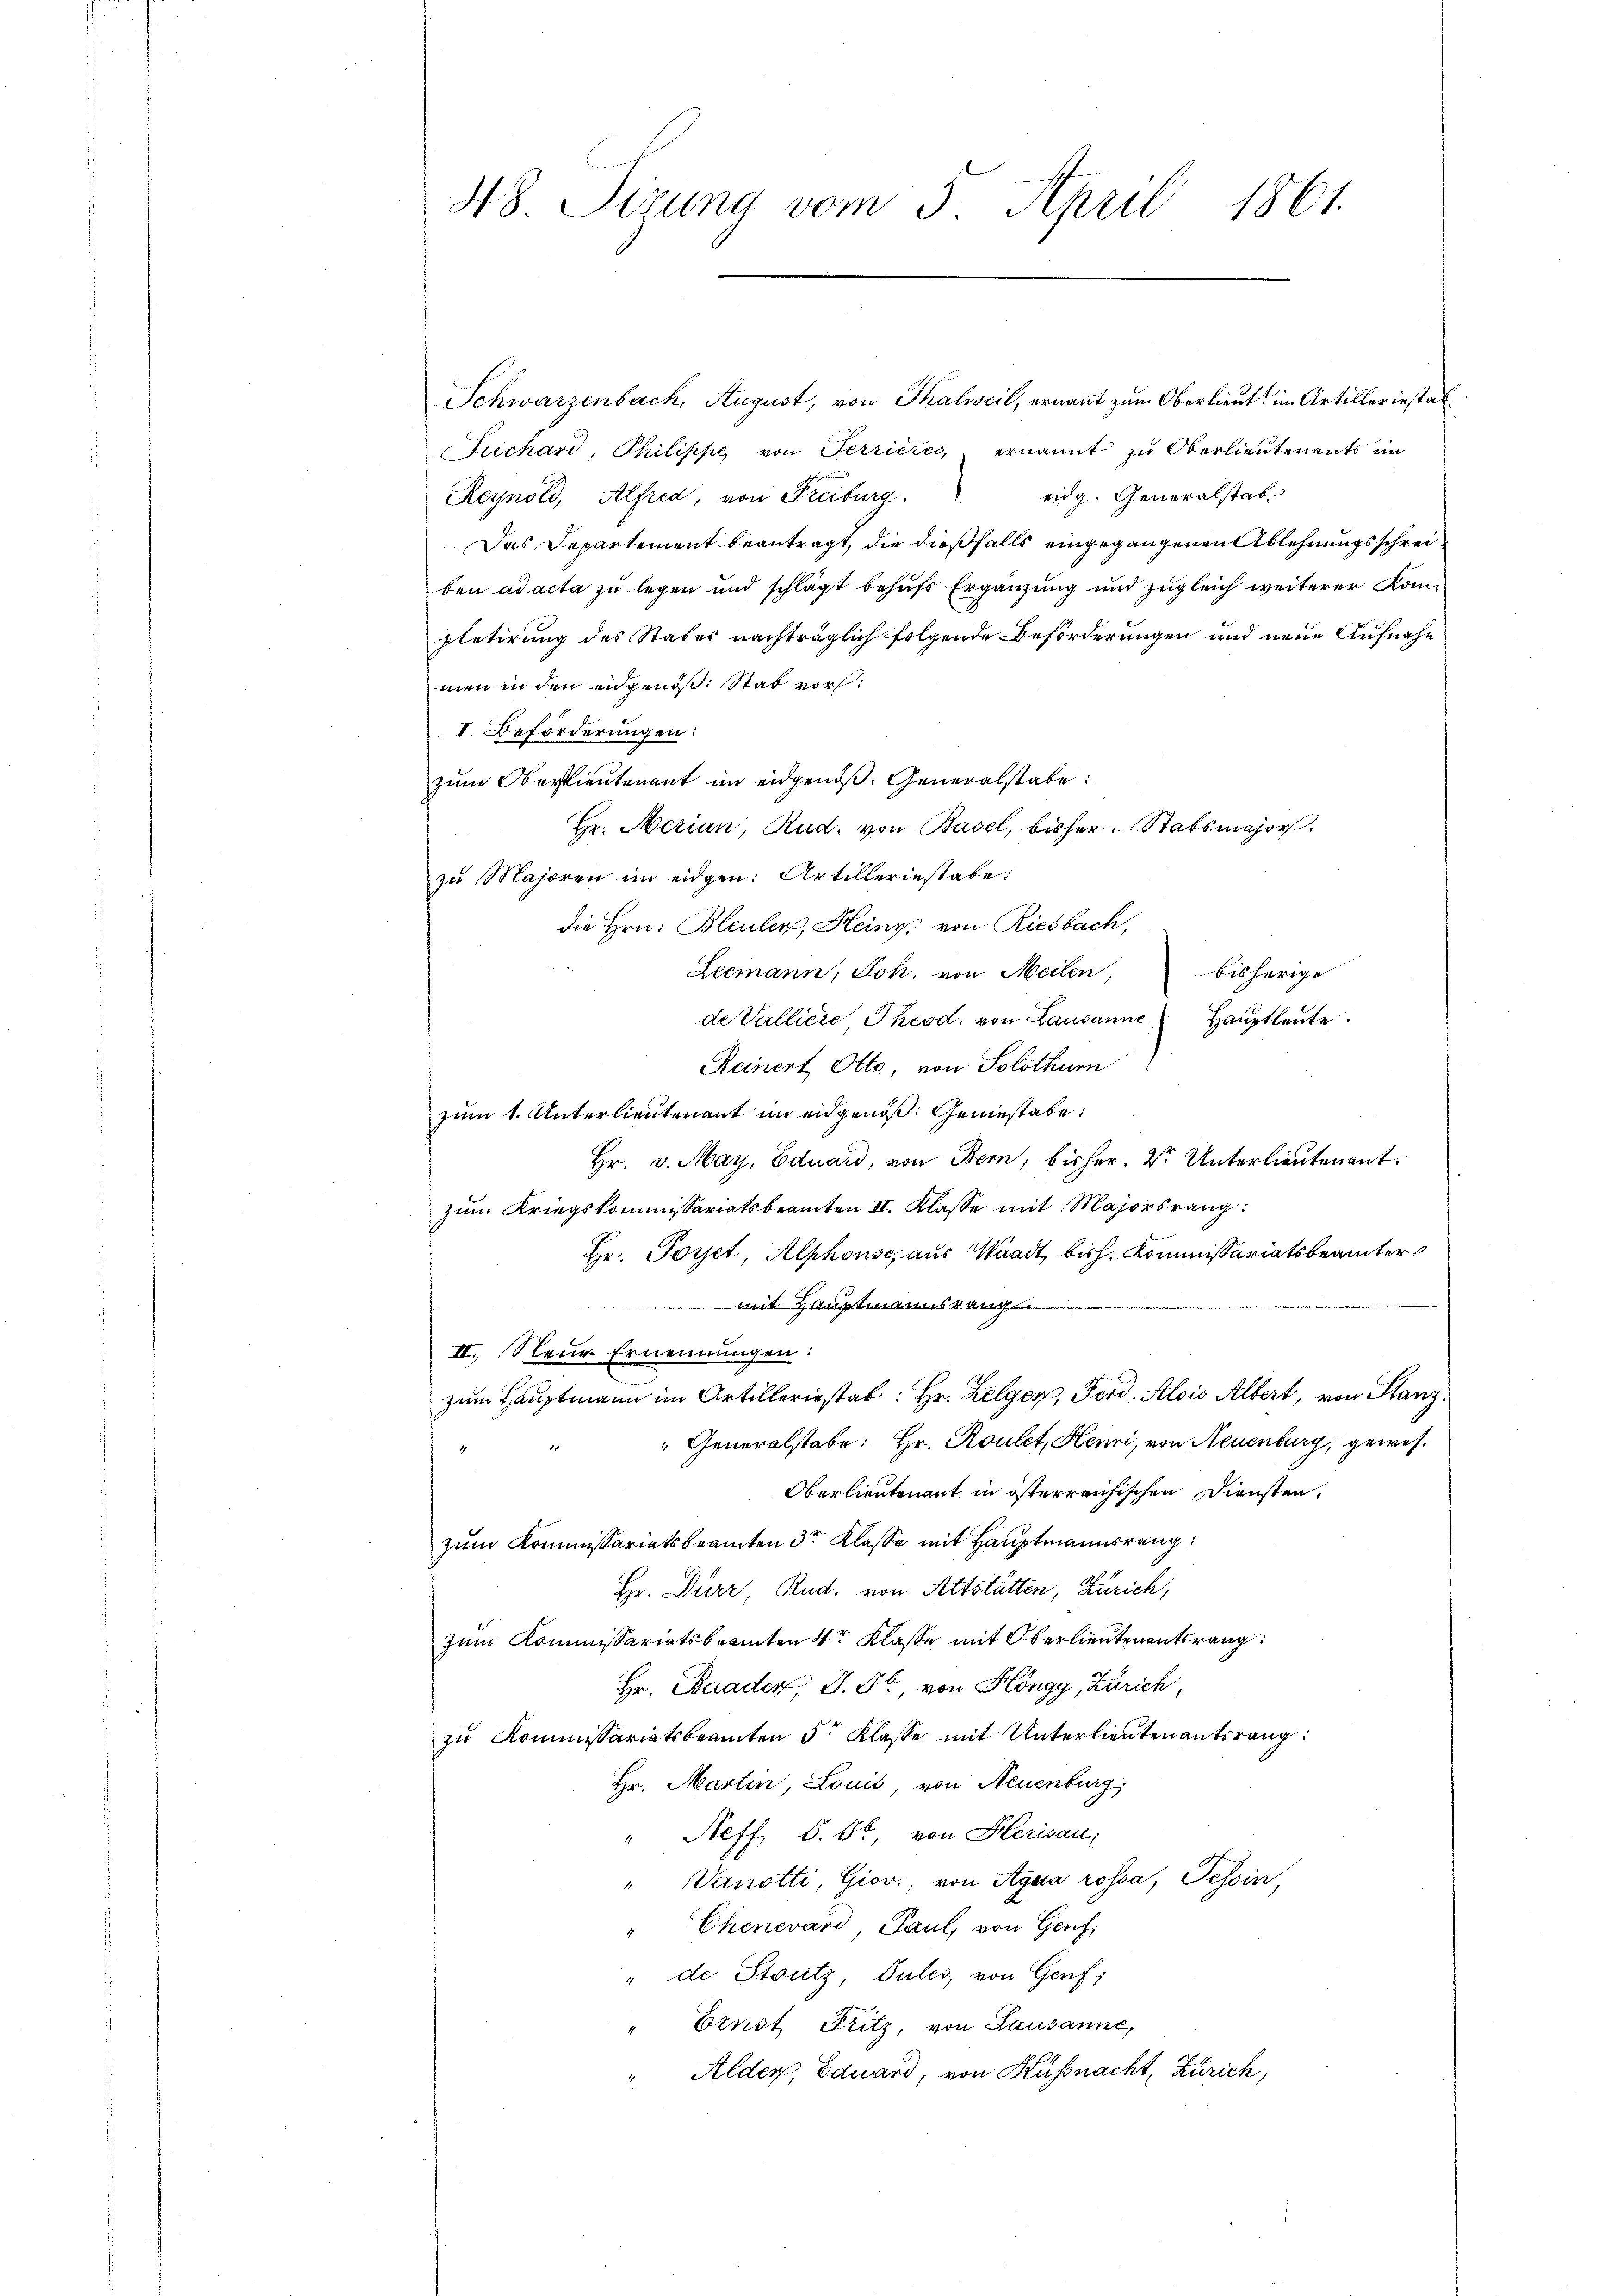
48. Sirung vom 5. April 1861.

Schwarzenbach, August, von Thalweil, ernannt zum Oberlieut. im Artiller instat¬
Fuchard, Philippe von Terrières, ernannt zu Oberlieutenants im
eidg. Generalstab
Reynold, Alfred, von Freiburg.
Das Departement beantragt, die dießfalls eingegangenen Ablehnungsschreiben ad acta zu legen und schlägt behufs Ergänzung und zugleich weiterer Kompletirung des Stabes nachträglich folgende Beförderungen und neue Aufnahmen in den eidgenöß: Stab vor:
I. Beförderungen:
zum Oberspieutenant im eidgenös. Generalstabe:
Hr. Merian, Rud. von Basel, bisher. Stabsmajor
zu Majoren im eidgen: Artilleriestabe:
die Hrn. Bleuler, Heiny von Riesbach,
Leemann, Joh. von Meilen,
bisherige
de Valliere Theod. von Lausanne Hauptleute
Reinert Otto, von Solothurn
zum 1. Unterlieutenant im eidgenöß: Geniestabe,
Hr. v. May, Eduard, von Bern, bisher. Dr. Unterlieutenant.
zum Kriegskommissariatsbeamten II. Klasse mit Majorsrang
Hr. Poret, Alphonse, aus Waadt, bish. Kommissariatsbeamter
amstan
II. Neuer Ernennungen:
zum Hauptmann im Artilleriestab: Hr. Zelger, Ferd. Alois Albert, von Stanz¬
" Generalstabe: Hr. Roulet, Henri, von Neuenburg, gewes¬
Oberlieutenant in österreichischen Diensten,
zum Kommissariatsbeamten 3te Klasse mit Hauptmannsrang
Hr. Dürr, Rud. von Altstätten, Zürich,
zum Kommissariatsbeamten 4tr Klasse mit Oberlieutenentsrang
Hr. Baader, J. St., von Höngg, Zürich,
zu Kommissariatsbeamten 5 Klasse mit Unterlieutenantsrang:
Hr. Martin, Louis, von Neuenburg,
Neff, S. 80. von Herisau;
Vanotti, Giov., von Agna rossa, Tessin,
Chenevard, Paul, von Genf,
" de Stutz, Pules, von Genf;
Ernst Fritz, von Lausanne,
Alder, Eduard, von Küssnacht, Zürich,